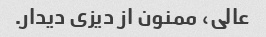
عالی، ممنون از دیزی دیدار.